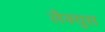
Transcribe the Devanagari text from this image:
लैक्युस